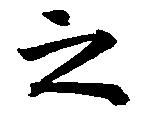
之